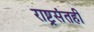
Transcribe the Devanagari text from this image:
राष्ट्रसंतही